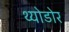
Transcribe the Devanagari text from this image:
थ्योडोर